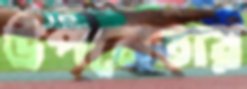
উপনেতার